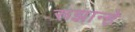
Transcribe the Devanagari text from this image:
रूझान्हे